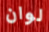
لوان